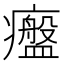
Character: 𤻷